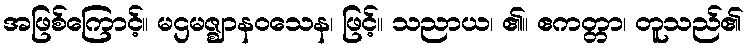
အဖြစ်ကြောင့်။ မဌမဇ္ဈာနဝသေန၊ ဖြင့်။ သညာယ၊ ၏။ ဧကတ္တာ၊ တူသည်၏